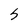
Character: S